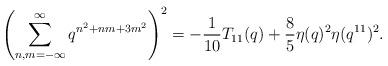
LaTeX: \begin{align*}\left(\sum^{\infty}_{n,m=-\infty}q^{n^2+n m+3m^2}\right)^2=-\frac{1}{10}T_{11}(q)+\frac{8}{5}\eta(q)^2\eta(q^{11})^2.\end{align*}